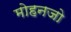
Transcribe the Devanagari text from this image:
मोहनजो